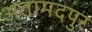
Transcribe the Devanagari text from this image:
अतामदपुर